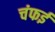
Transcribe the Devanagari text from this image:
चंफई